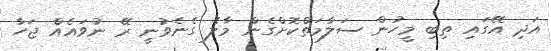
އަދި އޭގައި ތިބި މީހުން ސަލާމަތްކޮށްގެން މާލެ ގެނެވުނީ ރޭ ނުވައެއް ޖަހާ